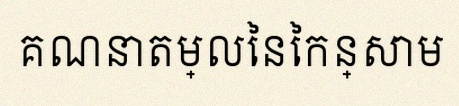
គណនាតម្លៃនៃកន្សោម